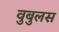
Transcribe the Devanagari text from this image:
वुबुलस